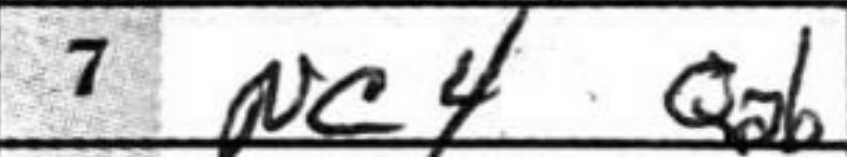
Transcription: Nc4